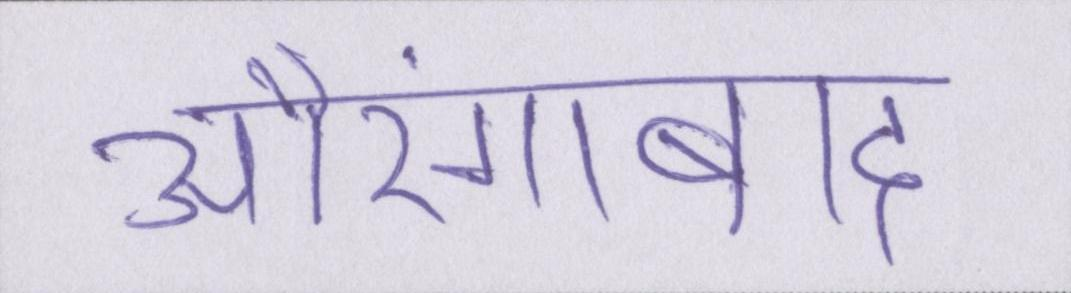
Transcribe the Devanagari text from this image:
औरंगाबाद